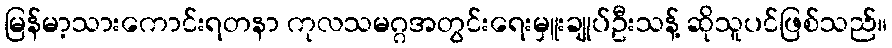
မြန်မာ့သားကောင်းရတနာ ကုလသမဂ္ဂအတွင်းရေးမှူးချုပ်ဦးသန့် ဆိုသူပင်ဖြစ်သည်။